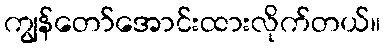
ကျွန်တော်အောင်းထားလိုက်တယ်။